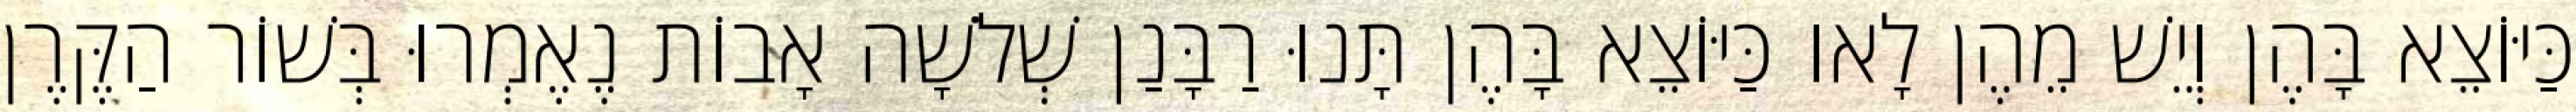
כַּיּוֹצֵא בָּהֶן וְיֵשׁ מֵהֶן לָאו כַּיּוֹצֵא בָּהֶן תָּנוּ רַבָּנַן שְׁלֹשָׁה אָבוֹת נֶאֶמְרוּ בְּשׁוֹר הַקֶּרֶן